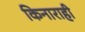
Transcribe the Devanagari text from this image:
किनाराही